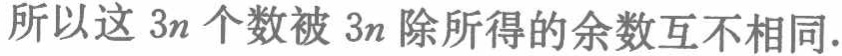
所以这 \(3n\) 个数被 \(3n\) 除所得的余数互不相同.